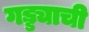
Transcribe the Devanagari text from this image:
गड्ड्याची